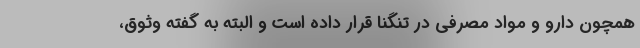
همچون دارو و مواد مصرفی در تنگنا قرار داده است و البته به گفته وثوق،